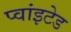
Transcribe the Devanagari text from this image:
प्वांइटेड